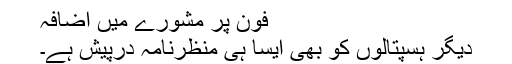
فون پر مشورے میں اضافہ
دیگر ہسپتالوں کو بھی ایسا ہی منظرنامہ درپیش ہے۔